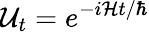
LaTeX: {\mathcal{U}}_{t}=e^{-i{\mathcal{H}}t/\hbar}